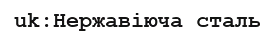
uk:Нержавіюча сталь